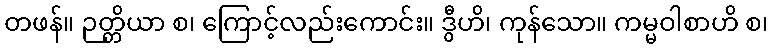
တဖန်။ ဉတ္တိယာ စ၊ ကြောင့်လည်းကောင်း။ ဒွီဟိ၊ ကုန်သော။ ကမ္မဝါစာဟိ စ၊